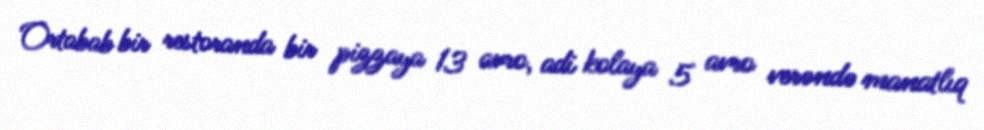
Ortabab bir restoranda bir pizzaya 13 avro, adi kolaya 5 avro verəndə manatlıq